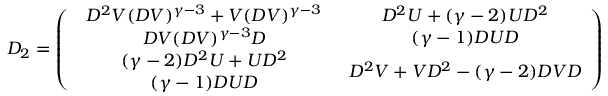
{ \cal D } _ { 2 } = \left( \begin{array} { c c } { { \begin{array} { c } { { D ^ { 2 } V ( D V ) ^ { \gamma - 3 } + V ( D V ) ^ { \gamma - 3 } } } \\ { { D V ( D V ) ^ { \gamma - 3 } D } } \end{array} } } & { { \begin{array} { c } { { D ^ { 2 } U + ( \gamma - 2 ) U D ^ { 2 } } } \\ { { ( \gamma - 1 ) D U D } } \end{array} } } \\ { { \begin{array} { c } { { ( \gamma - 2 ) D ^ { 2 } U + U D ^ { 2 } } } \\ { { ( \gamma - 1 ) D U D } } \end{array} } } & { { D ^ { 2 } V + V D ^ { 2 } - ( \gamma - 2 ) D V D } } \end{array} \right)